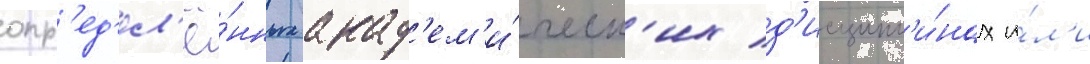
опр'ед'ел'ё́нных акад'ем'и́ческ'их д'исципл'и́нах и́л'и